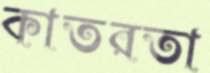
কাতরতা